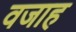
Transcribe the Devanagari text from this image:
वजाह